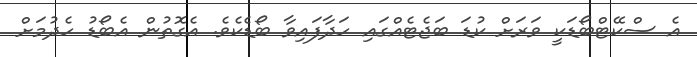
އެ ސްކޭޓްބޯޑަކީ ވަރަށް ކުޑަ ބަޖެޓެއްގައި ހަދާފައިވާ ބޯޑެކެވެ. އެގޮތުން އެބޯޑު ހެދުމަށް